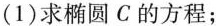
(1)求椭圆C的方程；